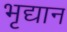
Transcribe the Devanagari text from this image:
भृद्यान